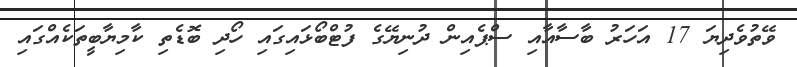
ވޭތުވެދިޔަ 17 އަހަރު ބާސާއާއި ސްޕެއިން ދުނިޔޭގެ ފުޓްބޯޅައިގައި ހޯދި ބޮޑެތި ކާމިޔާބީތަކެއްގައި